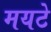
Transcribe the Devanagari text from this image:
मयटे